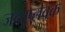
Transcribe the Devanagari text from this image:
जन्तुप्लवक